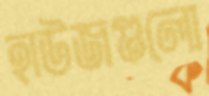
হাউজগুলো